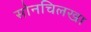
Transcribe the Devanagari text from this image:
सोनचिलखा